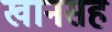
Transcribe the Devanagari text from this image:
खानसह